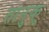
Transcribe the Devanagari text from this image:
तानुकु